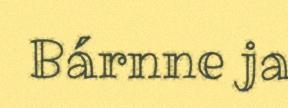
Bárnne ja